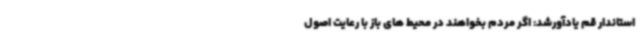
استاندار قم یادآورشد: اگر مردم بخواهند در محیط های باز با رعایت اصول